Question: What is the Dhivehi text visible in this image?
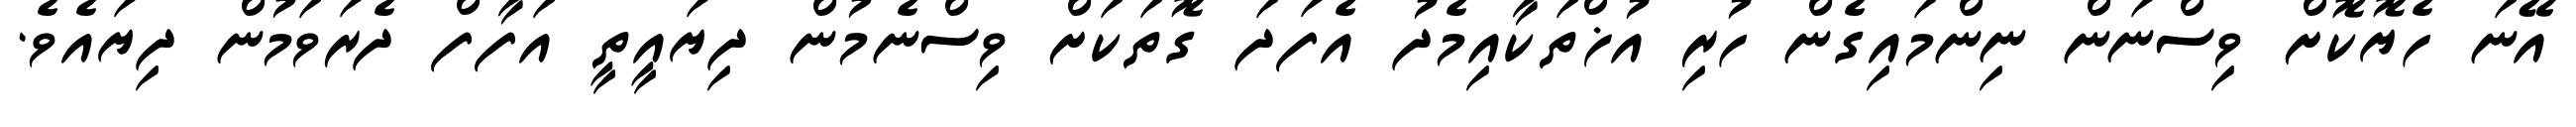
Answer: އޭނަ ހެޔޮކޮށް ވިސްނަން ނިންމައިގެން ހުރި އުޚްތަކާއިމެދު އެފަދަ ގޮތަކަށް ވިސްނެމުން ދިޔައީތީ އަފާފް ދެރަވަމުން ދިޔައެވެ.